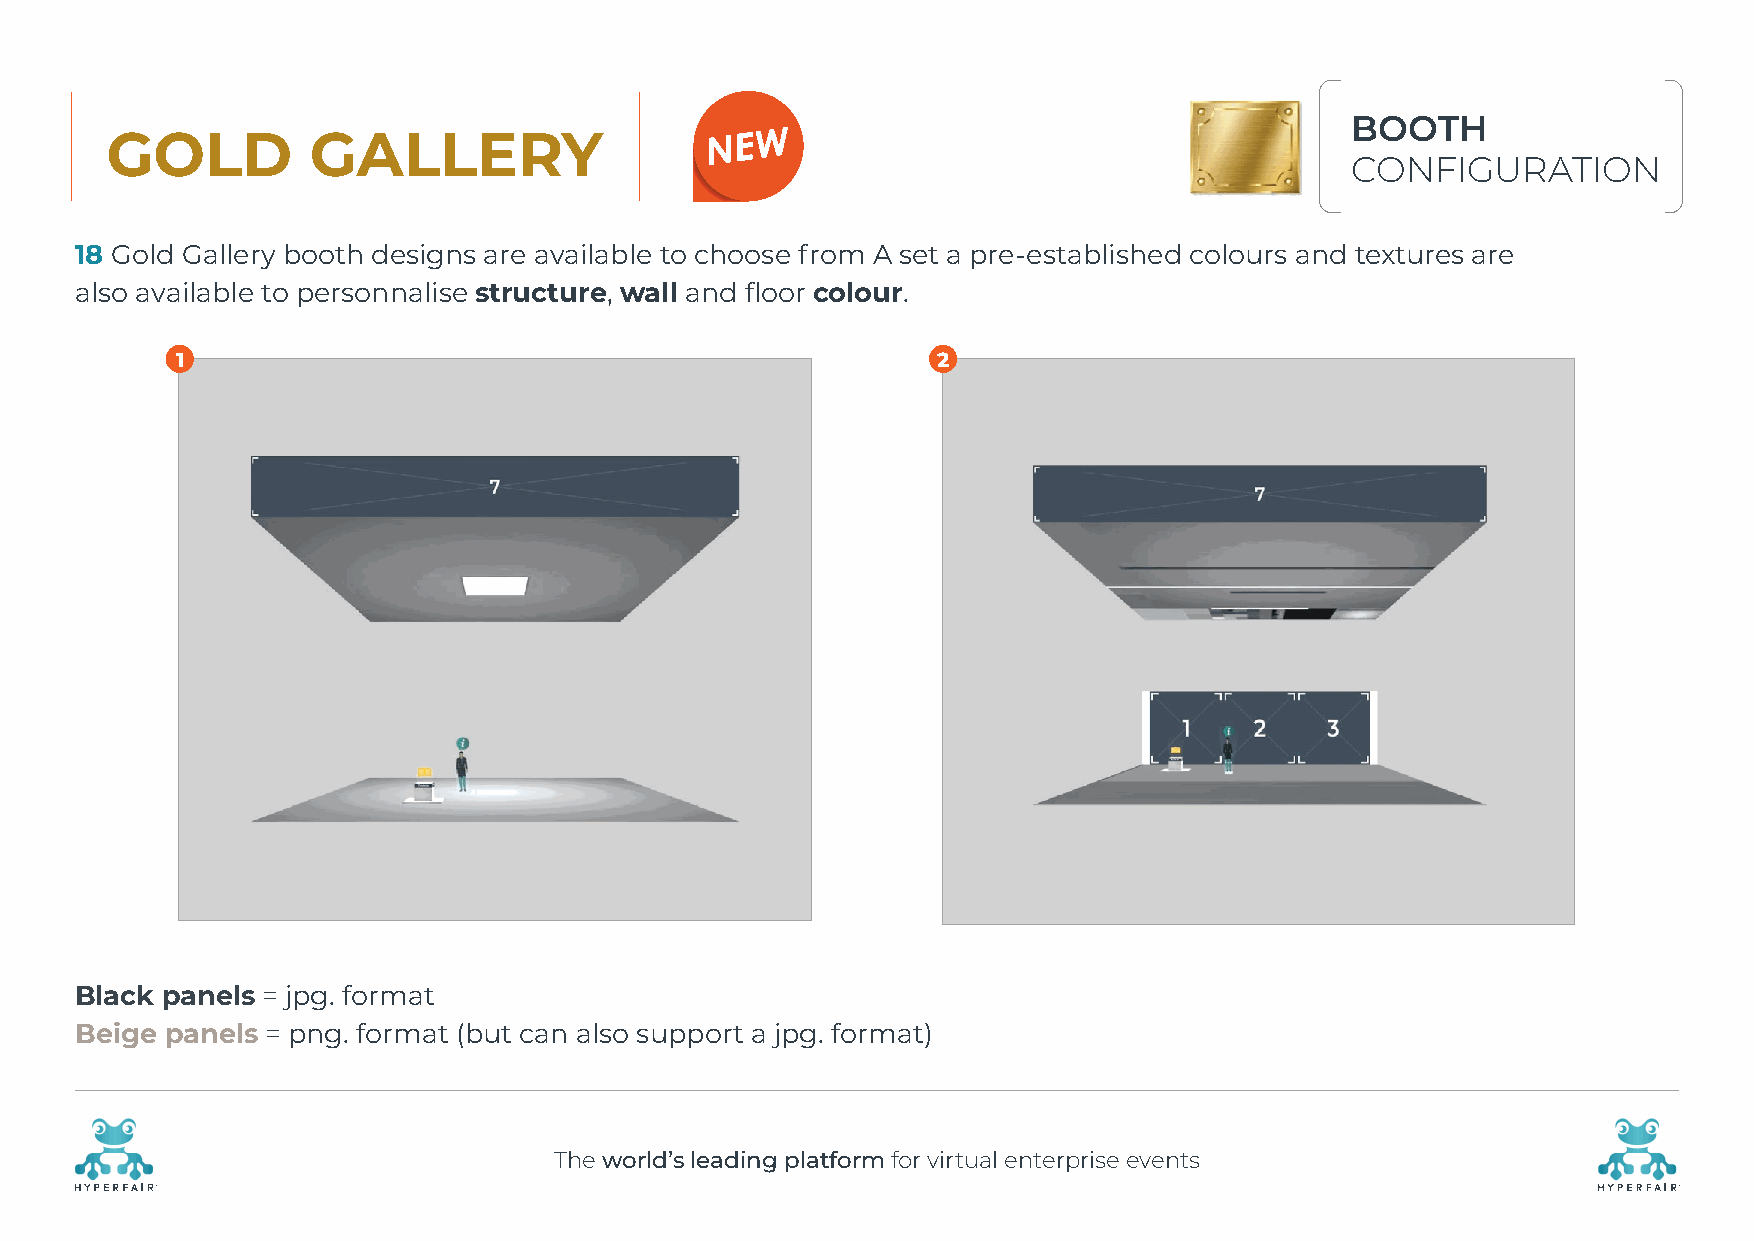
BOOTH
 GOLD         GALLERY
 CONFIGURATION
 18 Gold Gallery booth designs are available to choose from A set a pre-established colours and textures are
 also available to personnalise structure, wall and floor colour.
 1                                                 2
 Black panels = jpg. format
 Beige panels = png. format (but can also support a jpg. format)
 The world’s leading platform for virtual enterprise events
 R                                                                                                    R